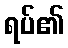
ရပ်၏